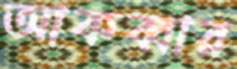
আকব্বার